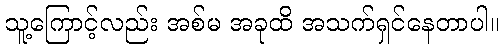
သူ့ကြောင့်လည်း အစ်မ အခုထိ အသက်ရှင်နေတာပါ။